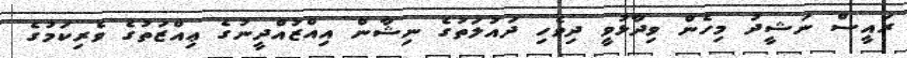
ރައީސް ނަޝީދު މިހެން ވިދާޅުވީ ދިވެހި ދައުލަތުގެ ނިޝާން އިއްޒުއްދީނުގެ ޢިއްޒަތުގެ ވެރިކަމުގެ